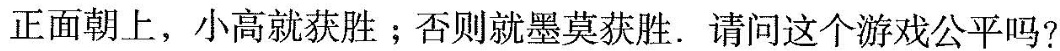
正面朝上，小高就获胜；否则就墨莫获胜. 请问这个游戏公平吗?